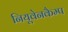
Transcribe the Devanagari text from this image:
नियूवेनकैम्प